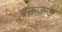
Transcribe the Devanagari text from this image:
रक्तजन्य